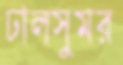
ঢালসুমর